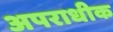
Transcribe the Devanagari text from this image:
अपराधीक